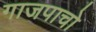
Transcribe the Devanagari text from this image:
गाजपाचो